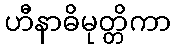
ဟီနာဓိမုတ္တိကာ